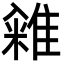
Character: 䨀